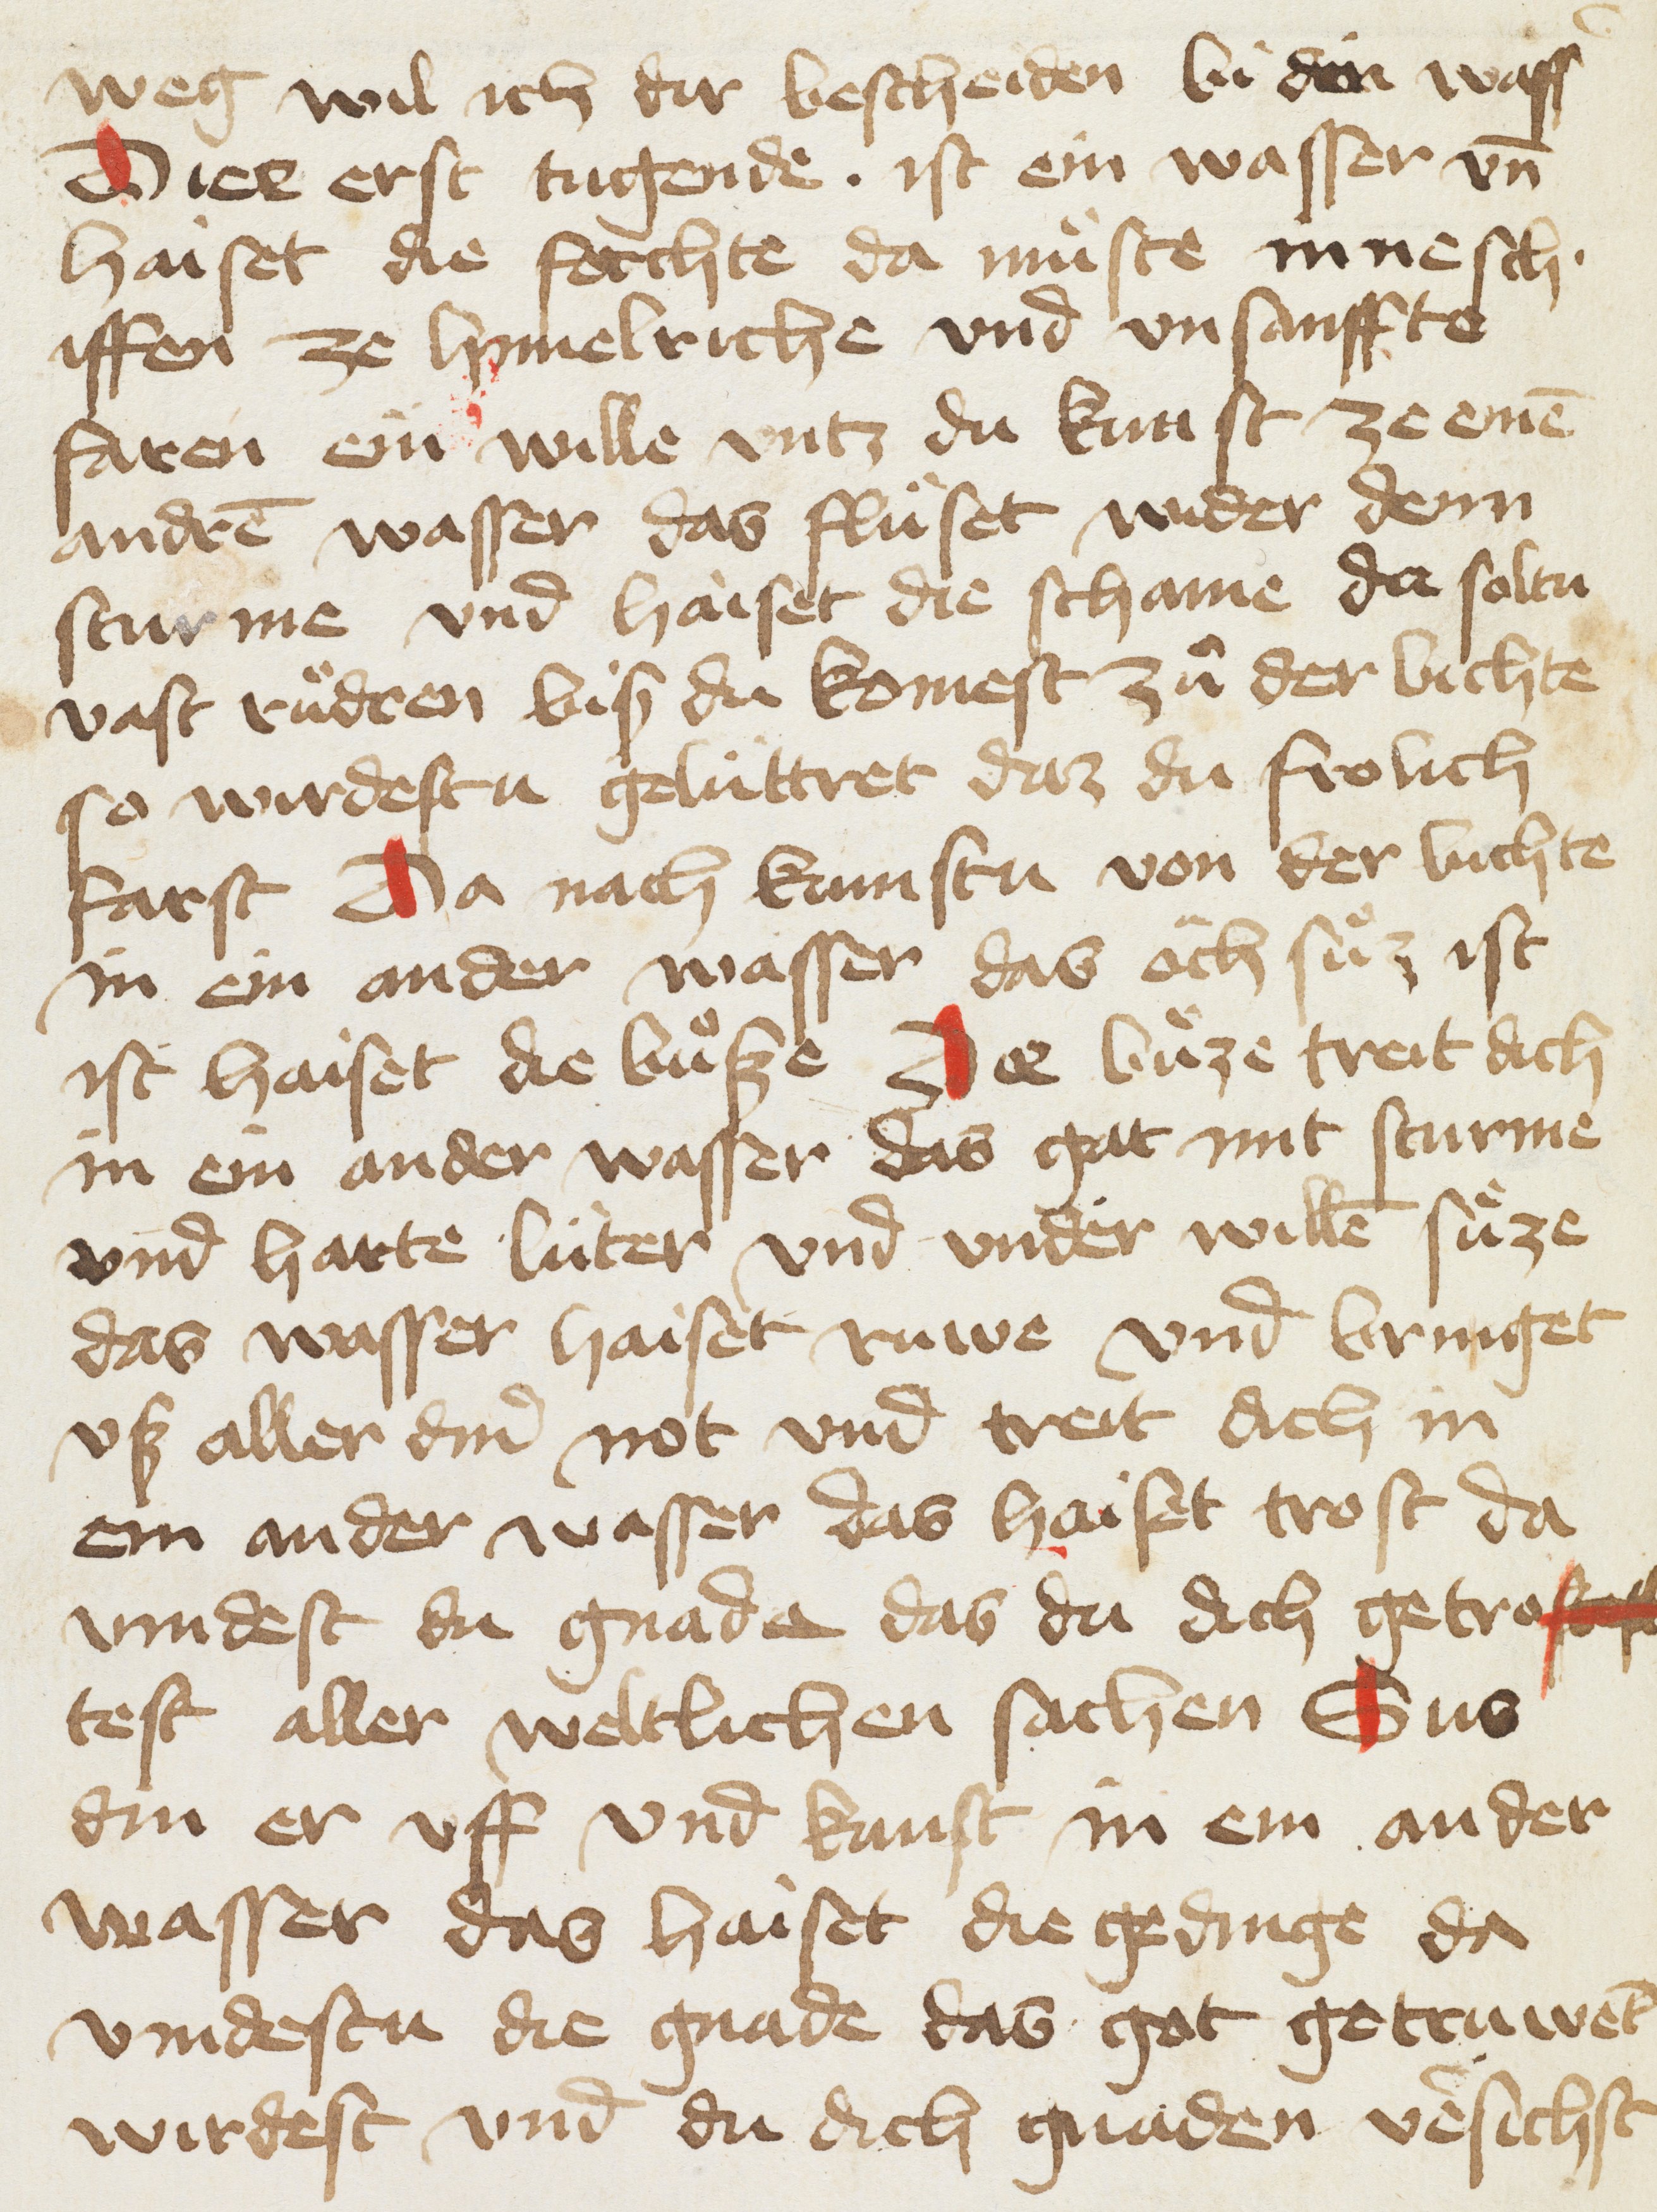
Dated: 1456–1456